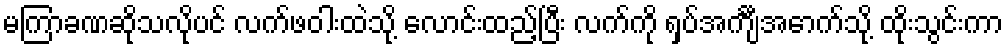
မကြာခဏဆိုသလိုပင် လက်ဖဝါးထဲသို့ လောင်းထည့်ပြီး လက်ကို ရှပ်အင်္ကျီအောက်သို့ ထိုးသွင်းကာ